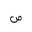
Letter: _sad